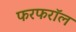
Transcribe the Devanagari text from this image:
फरफरॉल